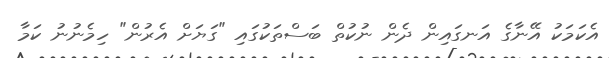
އެކަމަކު އޭނާގެ އަނގައިން ދެން ނުކުތް ބަސްތަކުގައި "ގަޔަށް އެރުން" ހިމެނުނު ކަމާ